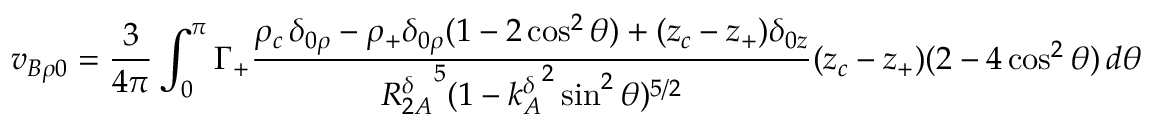
v _ { B \rho 0 } = \frac { 3 } { 4 \pi } \int _ { 0 } ^ { \pi } \Gamma _ { + } \frac { \rho _ { c } \, \delta _ { 0 \rho } - \rho _ { + } \delta _ { 0 \rho } ( 1 - 2 \cos ^ { 2 } \theta ) + ( z _ { c } - z _ { + } ) \delta _ { 0 z } } { { R _ { 2 A } ^ { \delta } } ^ { 5 } ( 1 - { k _ { A } ^ { \delta } } ^ { 2 } \sin ^ { 2 } \theta ) ^ { 5 / 2 } } ( z _ { c } - z _ { + } ) ( 2 - 4 \cos ^ { 2 } \theta ) \, d \theta